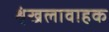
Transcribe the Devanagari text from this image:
शृंखलावाहक